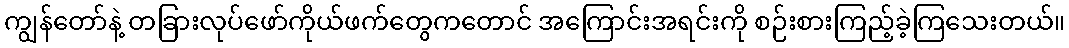
ကျွန်တော်နဲ့ တခြားလုပ်ဖော်ကိုယ်ဖက်တွေကတောင် အကြောင်းအရင်းကို စဉ်းစားကြည့်ခဲ့ကြသေးတယ်။